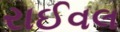
રાઈવલ